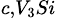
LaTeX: _{c,V_{3}Si}